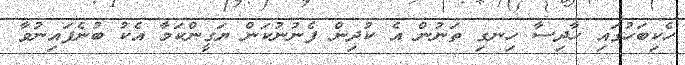
ހެކިބަހުގައި ހާދިސާ ހިނގި ތަނުން އެ ކުދިން ފެނުނުކަން ޔަގީންކަމާ އެކު ބުނެފައިނުވާ